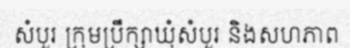
សំបួរ ក្រុមប្រឹក្សាឃុំសំបួរ និងសហភាព